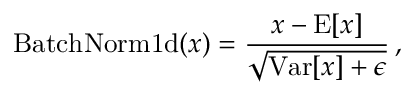
\mathrm { B a t c h N o r m 1 d } ( x ) = \frac { x - \mathrm { E } [ x ] } { \sqrt { \mathrm { V a r } [ x ] + \epsilon } } \, ,